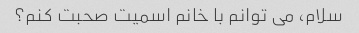
سلام، می توانم با خانم اسمیت صحبت کنم؟